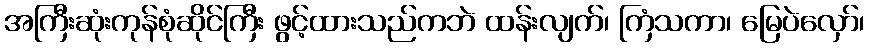
အကြီးဆုံးကုန်စုံဆိုင်ကြီး ဖွင့်ထားသည်ကဘဲ ထန်းလျက်၊ ကြံသကာ၊ မြေပဲလှော်၊